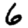
Digit: 6